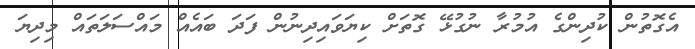
އެގޮތުން ކުދިންގެ އުމުރާ ނުގުޅޭ ގޮތަށް ކިޔަވައިދިނުން ފަދަ ބައެއް މައްސަލަތައް މިދިޔަ